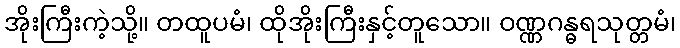
အိုးကြီးကဲ့သို့။ တထူပမံ၊ ထိုအိုးကြီးနှင့်တူသော။ ဝဏ္ဏဂန္ဓရသုတ္တမံ၊